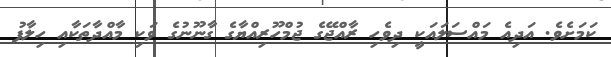
ކަމަށެވެ. އަދިއެ މައްސަލައަކީ ދިވެހި ރާއްޖޭގެ ޖުމްހޫރިއްޔާގެ ގާނޫނުގެ ވަކި މާއްދާތަކާއި ހިލާފު